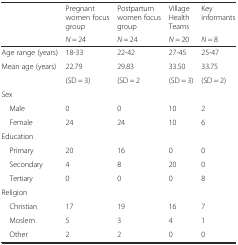
| <ROWSPAN=2>  | Pregnant women focus group | Postpartum women focus group | Village Health Teams | Key informants |
 | N = 24 | N = 24 | N = 20 | N = 8 |
 | --- | --- | --- | --- | --- |
 | Age range (years) | 18-33 | 22-42 | 27-45 | 25-47 |
 | <ROWSPAN=2> Mean age (years) | 22.79 | 29.83 | 33.50 | 33.75 |
 | (SD = 3) | (SD = 2 | (SD = 3) | (SD = 2) |
 | Sex |  |  |  |  |
 | Male | 0 | 0 | 10 | 2 |
 | Female | 24 | 24 | 10 | 6 |
 | Education |  |  |  |  |
 | Primary | 20 | 16 | 0 | 0 |
 | Secondary | 4 | 8 | 20 | 0 |
 | Tertiary | 0 | 0 | 0 | 8 |
 | Religion |  |  |  |  |
 | Christian | 17 | 19 | 16 | 7 |
 | Moslem | 5 | 3 | 4 | 1 |
 | Other | 2 | 2 | 0 | 0 |